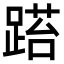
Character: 𨃐